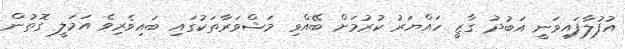
އުފުލާފައިވަނީ އަބުދު ގާޒީ ހައްޔަރު ކުރުމަށް ބޭއްވި މަޝްވަރާތަކުގައި ބައިވެރިވެ އަމަލީ ގޮތުން